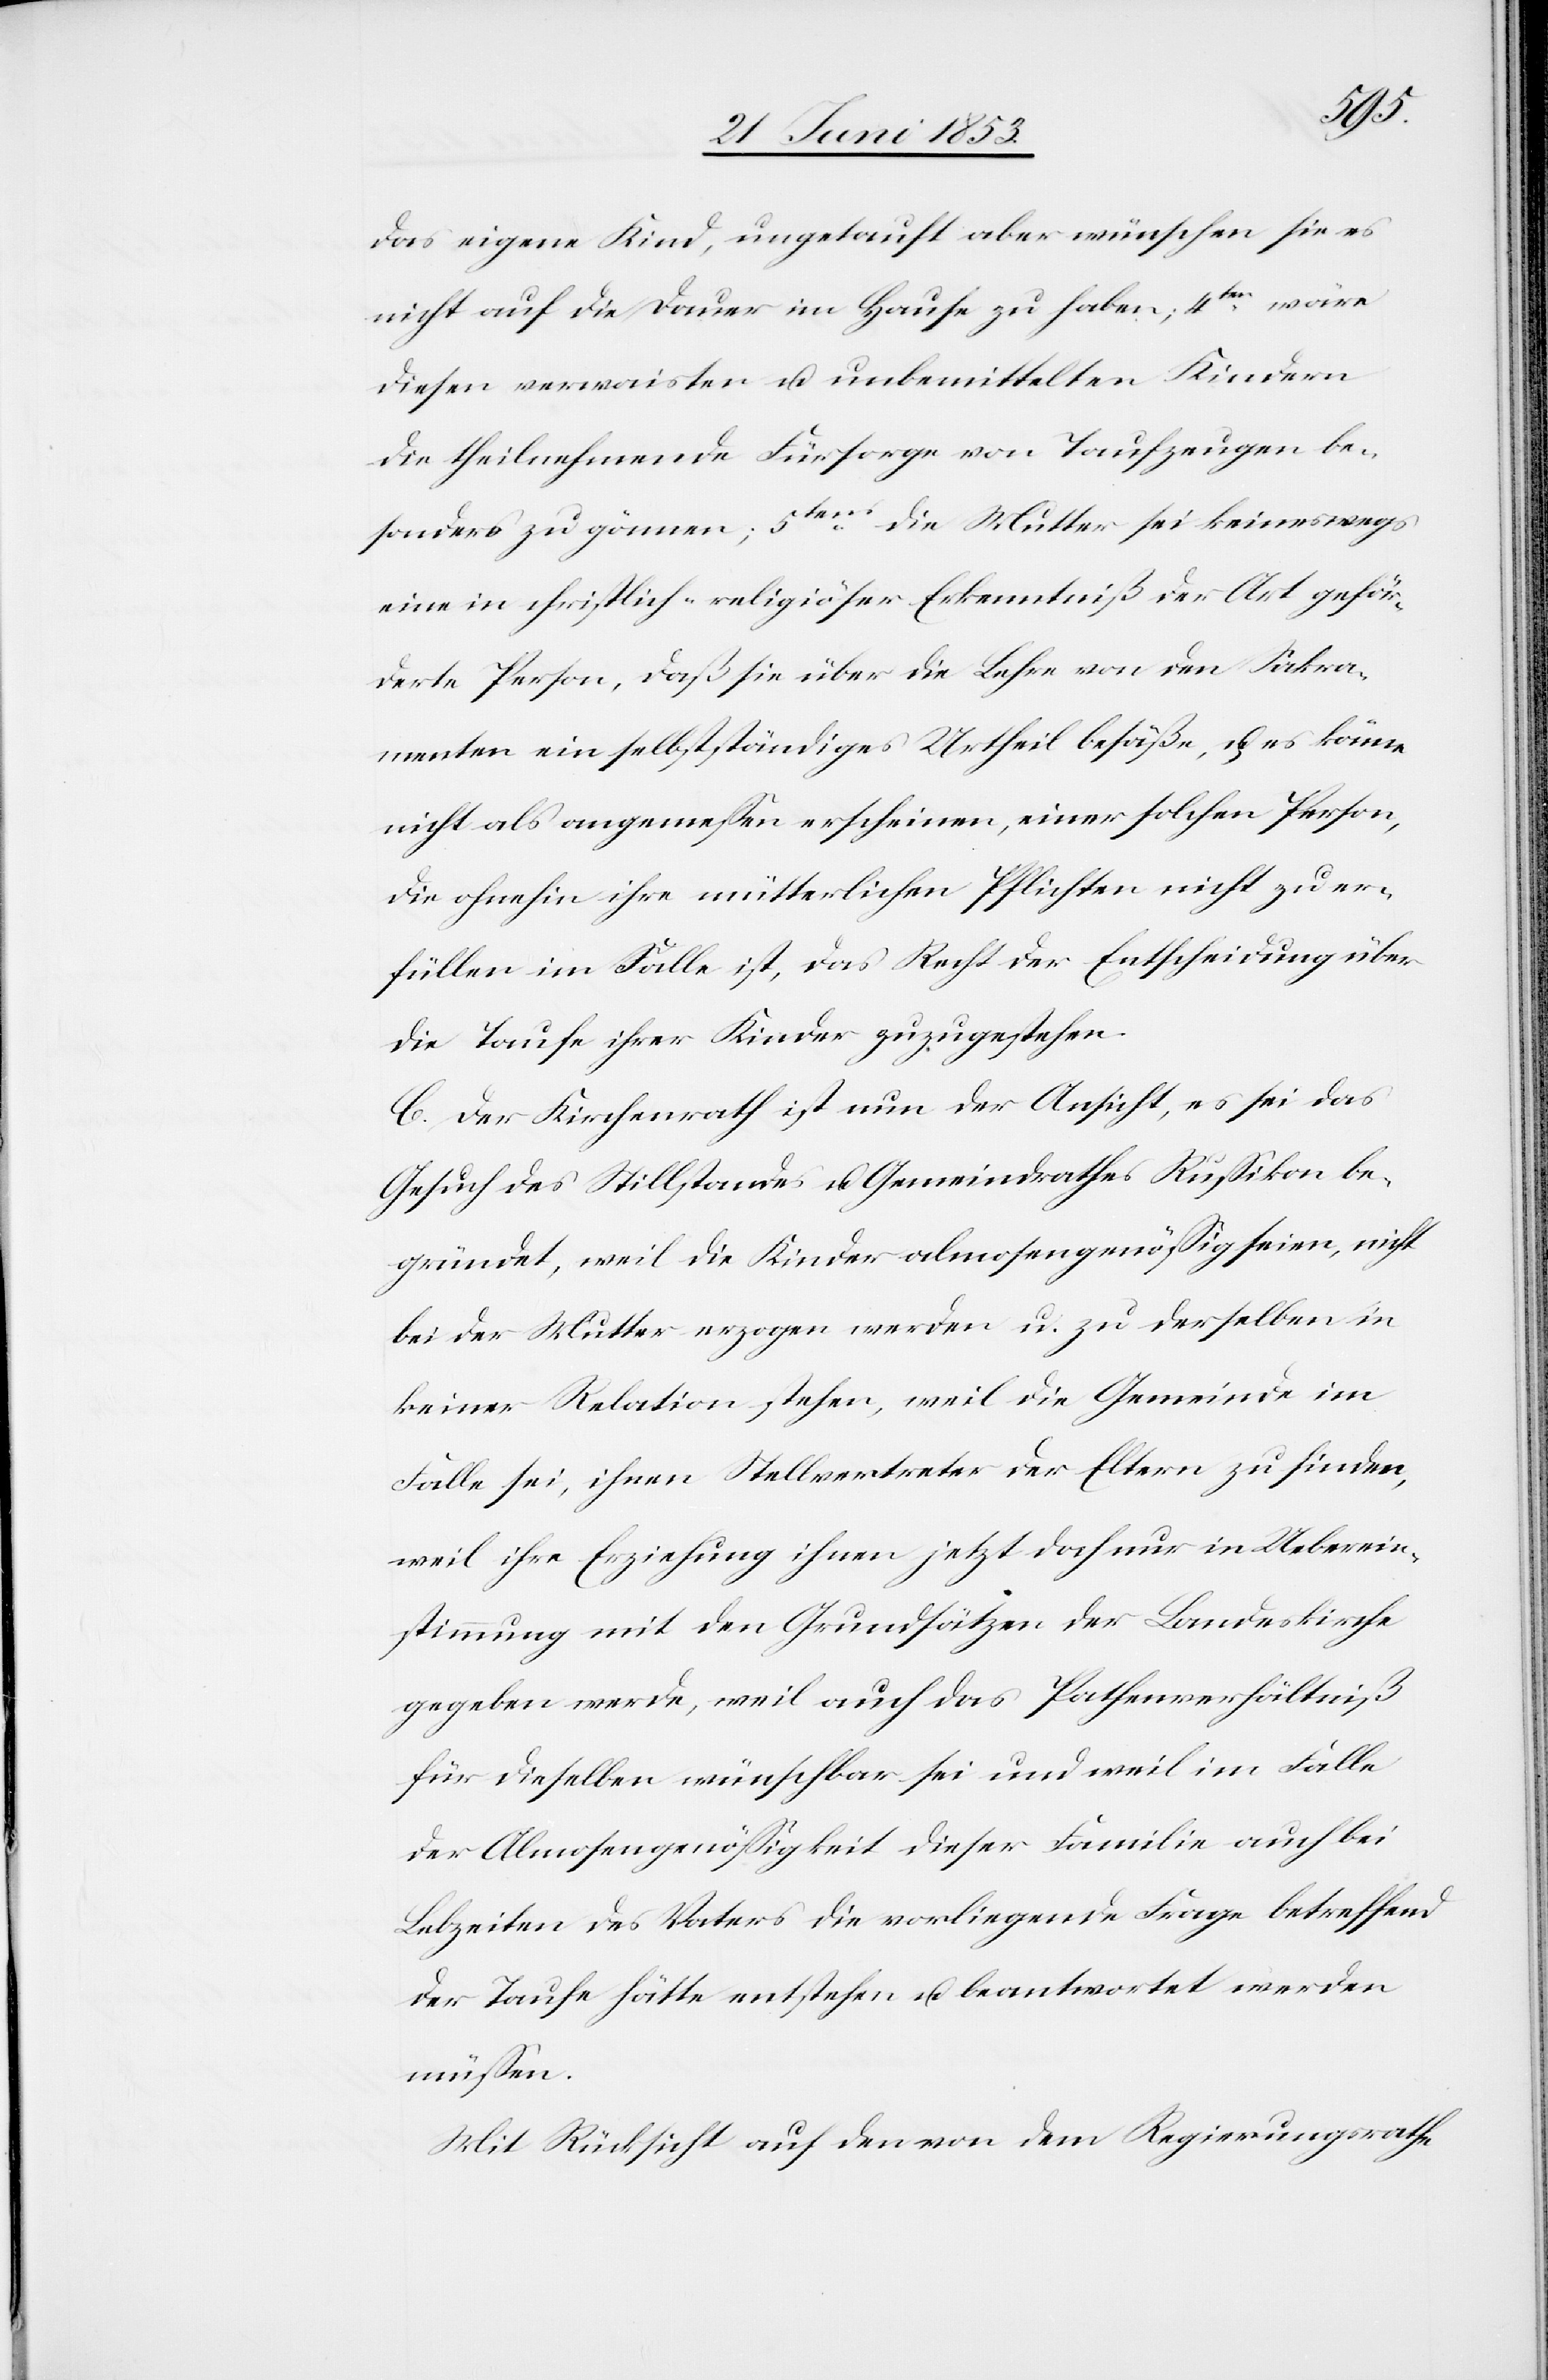
das eigene Kind, ungetauft aber wünschen sie es
nicht auf die Dauer im Hause zu haben; 4tens wäre
diesen verwaisten u. unbemittelten Kindern
die theilnehmende Fürsorge von Taufzeugen be¬
sonders zu gönnen; 5tens die Mutter sei keineswegs
eine in christlich-religiöser Erkenntniß der Art geför¬
derte Person, daß sie über die Lehre von den Sakra¬
menten ein selbständiges Urtheil besäße, u. es könne
nicht als angemeßen erscheinen, einer solchen Person,
die ohnehin ihre mütterlichen Pflichten nicht zu er¬
füllen im Falle ist, das Recht der Entscheidung über
die Taufe ihrer Kinder zuzugestehen.
C. Der Kirchenrath ist nun der Ansicht, es sei das
Gesuch des Stillstandes u. Gemeindrathes Rußikon be¬
gründet, weil die Kinder almosengenößig seien, nicht
bei der Mutter erzogen werden u. zu derselben in
keiner Relation stehen, weil die Gemeinde im
Falle sei, ihnen Stellvertreter der Eltern zu finden,
weil ihre Erziehung ihnen jetzt doch nur in Ueberein¬
stimmung mit den Grundsätzen der Landeskirche
gegeben werde, weil auch das Pathenverhältniß
für dieselben wünschbar sei und weil im Falle
der Almosengenößigkeit dieser Familie auch bei
Lebzeiten des Vaters die vorliegende Frage betreffend
der Taufe hätte entstehen u. beantwortet werden
müßen.
Mit Rücksicht auf den von dem Regierungsrathe